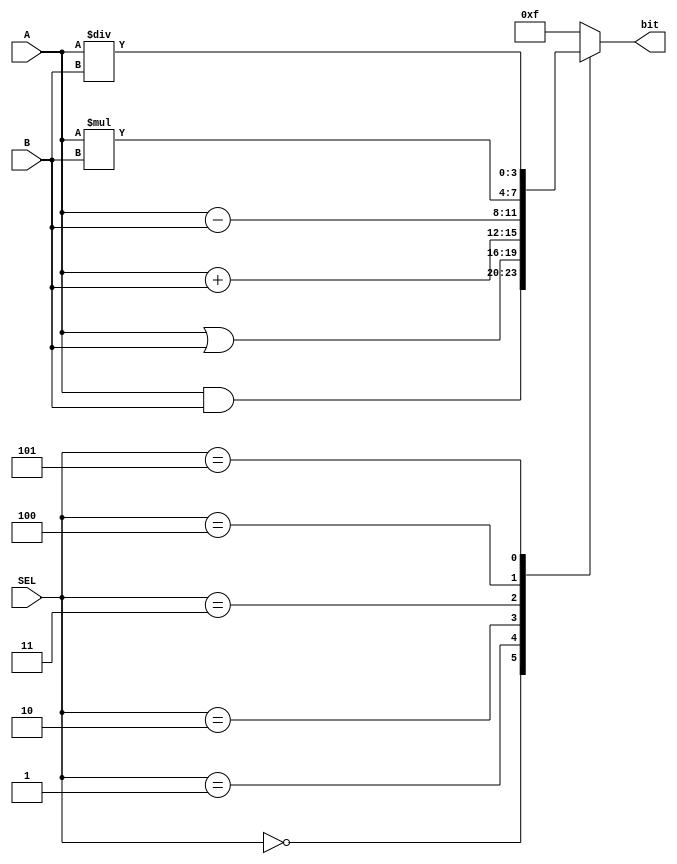
module ULA(A,B,SEL,bit);
	input [3:0] A, B;
	input [2:0] SEL;
	output reg [3:0] bit;

	always @(*)
		case({SEL[2], SEL[1], SEL[0]})
			3'b000: bit = A & B;
			3'b001: bit = A | B;
			3'b010: bit = A + B;
			3'b011: bit = A - B; 
			3'b100: bit = A * B;
			3'b101: bit = A / B;
			default: bit = 4'b1111;
		endcase

endmodule